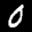
Label: 0